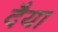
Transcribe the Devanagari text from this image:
दैया